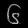
Digit: ၆